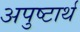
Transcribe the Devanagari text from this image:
अपुष्टार्थ